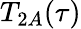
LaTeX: T_{2A}(\tau)